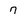
Character: 7